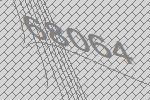
68064